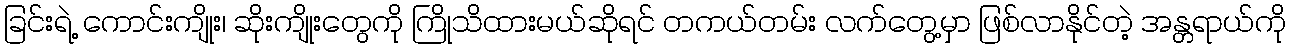
ခြင်းရဲ့ ကောင်းကျိုး၊ ဆိုးကျိုးတွေကို ကြိုသိထားမယ်ဆိုရင် တကယ်တမ်း လက်တွေ့မှာ ဖြစ်လာနိုင်တဲ့ အန္တရာယ်ကို